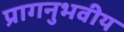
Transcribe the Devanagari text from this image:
प्रागनुभवीय